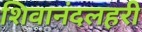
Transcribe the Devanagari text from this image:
शिवानंदलहरी